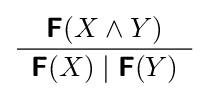
{\frac {{\boldsymbol {\mathsf {F}}}(X\land Y)}{\begin{array}{c}{\boldsymbol {\mathsf {F}}}(X)\mid {\boldsymbol {\mathsf {F}}}(Y)\end{array}}}